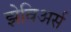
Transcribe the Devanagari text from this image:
झेविअर्स